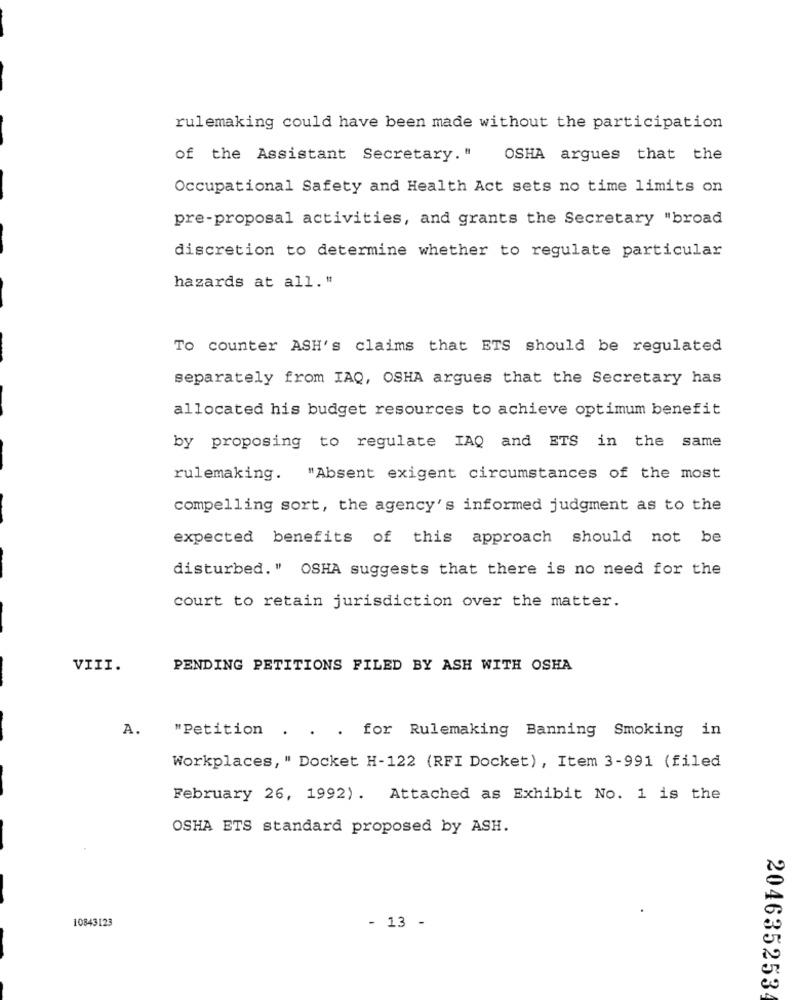
rulemaking could have been made without the participation
of the Assistant Secretary. "
OSHA argues that the
Occupational Safety and Health Act sets no time limits on
pre-proposal activities, and grants the Secretary "broad
discretion to determine whether to regulate particular
hazards at all."
To counter ASH's claims that ETS should be regulated
separately from IAQ, OSHA argues that the Secretary has
allocated his budget resources to achieve optimum benefit
by proposing to regulate IAQ and ETS in the same
rulemaking. "Absent exigent circumstances of the most
compelling sort, the agency's informed judgment as to the
expected benefits of this approach should not be
disturbed. " OSHA suggests that there is no need for the
court to retain jurisdiction over the matter.
VIII.
PENDING PETITIONS FILED BY ASH WITH OSHA
A.
"Petition
. . . for Rulemaking Banning Smoking in
Workplaces, " Docket H-122 (RFI Docket), Item 3-991 (filed
February 26, 1992). Attached as Exhibit No. 1 is the
OSHA ETS standard proposed by ASH.
10843123
- 13 -
204635253